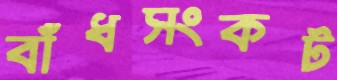
বাঁধসংকট